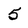
Character: 5